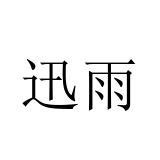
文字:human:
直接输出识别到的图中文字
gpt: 迅雨